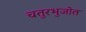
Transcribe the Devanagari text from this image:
चतुरभुजोत